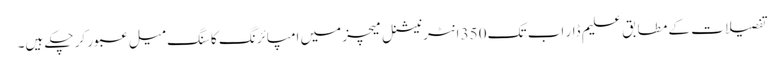
تفصیلات کے مطابق علیم ڈار اب تک 350 انٹرنیشنل میچز میں امپائرنگ کا سنگ میل عبور کر چکے ہیں۔